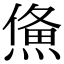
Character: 𤌈